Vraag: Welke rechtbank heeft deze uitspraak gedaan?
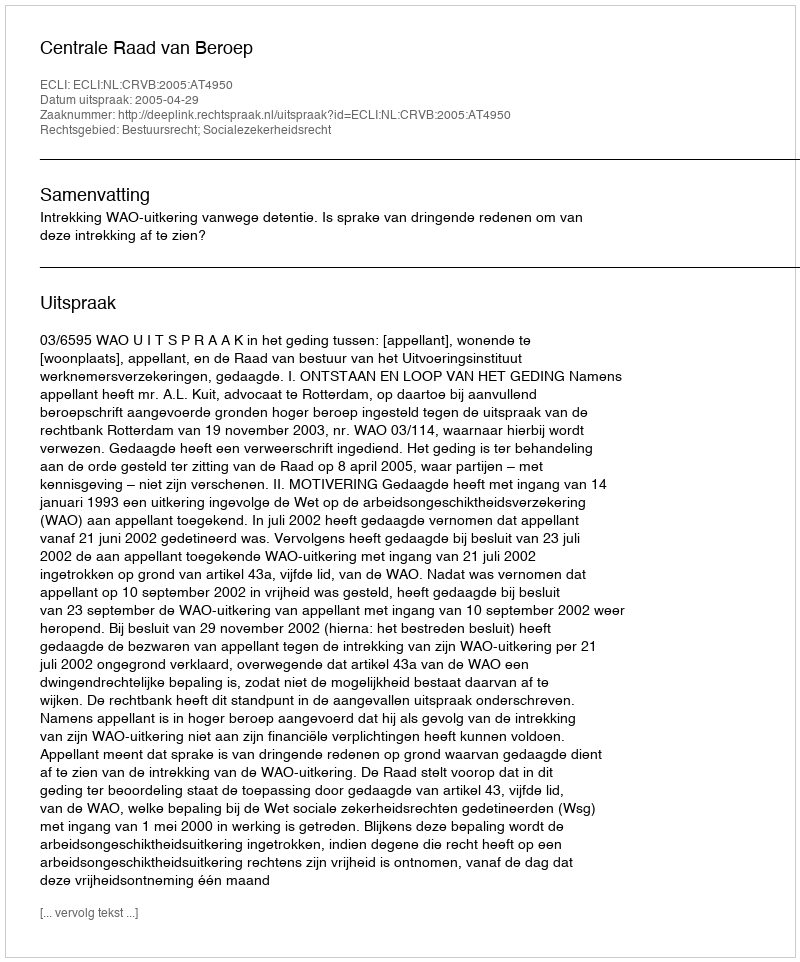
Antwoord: Centrale Raad van Beroep